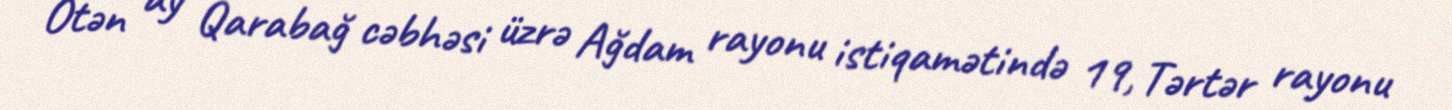
Ötən ay Qarabağ cəbhəsi üzrə Ağdam rayonu istiqamətində 19, Tərtər rayonu